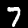
Digit: 7